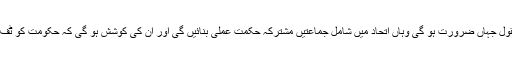
ان کے بقول جہاں ضرورت ہو گی وہاں اتحاد میں شامل جماعتیں مشترکہ حکمتِ عملی بنائیں گی اور ان کی کوشش ہو گی کہ حکومت کو ٹف ٹائم دیں۔